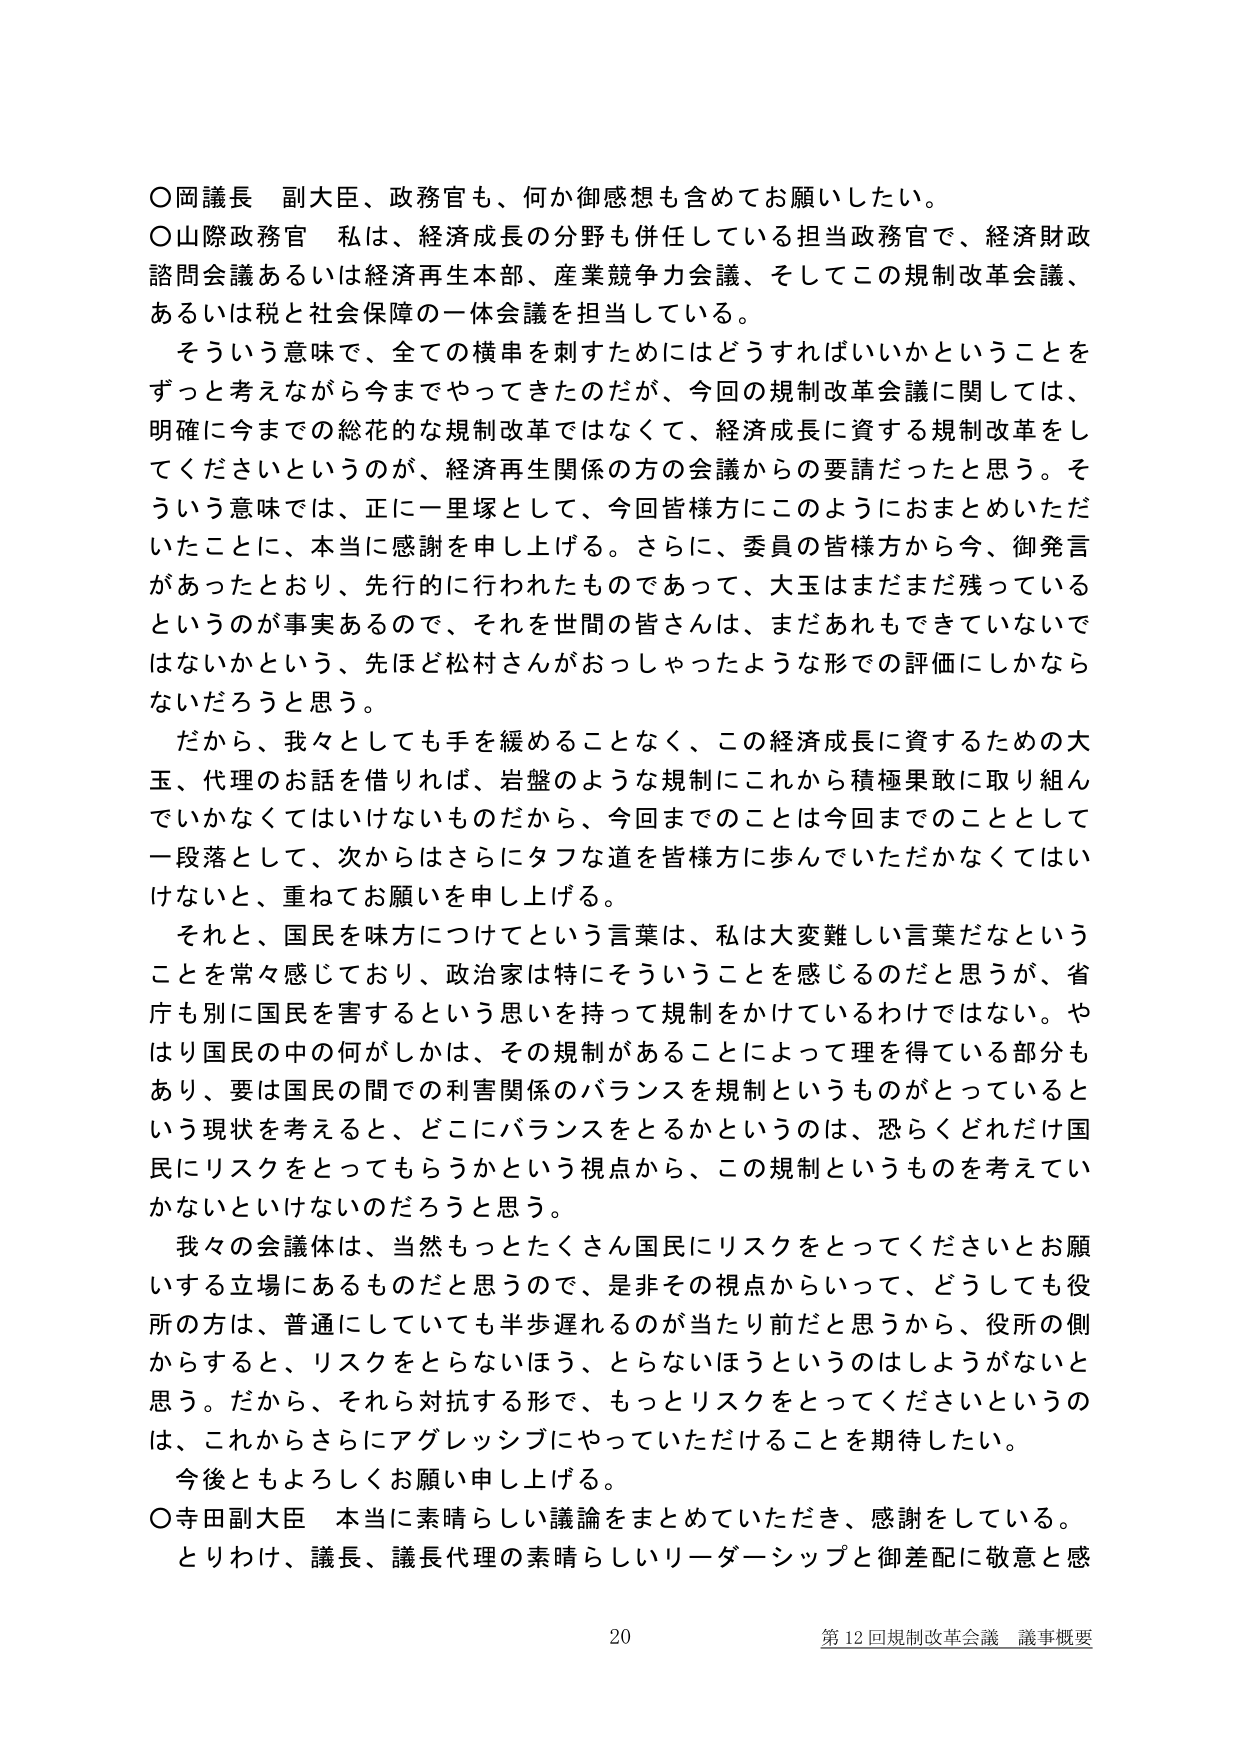
○岡議長　副大臣、政務官も、何か御感想も含めてお願いしたい。

○山際政務官　私は、経済成長の分野も併任している担当政務官で、経済財政諮問会議あるいは経済再生本部、産業競争力会議、そしてこの規制改革会議、あるいは税と社会保障の一体会議を担当している。

　そういう意味で、全ての横串を刺すためにはどうすればいいかということをずっと考えながら今までやってきたのだが、今回の規制改革会議に関しては、明確に今までの総花的な規制改革ではなくて、経済成長に資する規制改革をしてくださいというのが、経済再生関係の方の会議からの要請だったと思う。そういう意味では、正に一里塚として、今回皆様方にこのようにおまとめいただいたことに、本当に感謝を申し上げる。さらに、委員の皆様方から今、御発言があったとおり、先行的に行われたものであって、大玉はまだまだ残っているというのが事実あるので、それを世間の皆さんは、まだあれもできていないではないかという、先ほど松村さんがおっしゃったような形での評価にしかならないだろうと思う。

　だから、我々としても手を緩めることなく、この経済成長に資するための大玉、代理のお話を借りれば、岩盤のような規制にこれから積極果敢に取り組んでいかなくてはいけないものだから、今回までのことは今回までのこととして一段落として、次からはさらにタフな道を皆様方に歩んでいただかなくてはいけないと、重ねてお願いを申し上げる。

　それと、国民を味方につけてという言葉は、私は大変難しい言葉だなということを常々感じており、政治家は特にそういうことを感じるのだと思うが、省庁も別に国民を害するという思いを持って規制をかけているわけではない。やはり国民の中の何がしかは、その規制があることによって理を得ている部分もあり、要は国民の間での利害関係のバランスを規制というものがとっているという現状を考えると、どこにバランスをとるかというのは、恐らくどれだけ国民にリスクをとってもらうかという視点から、この規制というものを考えていないといけないのだろうと思う。

　我々の会議体は、当然もっとたくさん国民にリスクをとってくださいとお願いする立場にあるものだと思うので、是非その視点からいって、どうしても役所の方は、普通にしていても半歩遅れるのが当たり前だと思うから、役所の側からすると、リスクをとらないほう、とらないほうというのはしようがないと思う。だから、それら対抗する形で、もっとリスクをとってくださいというのは、これからさらにアグレッシブにやっていただけることを期待したい。

　今後ともよろしくお願い申し上げる。

○寺田副大臣　本当に素晴らしい議論をまとめていただき、感謝をしている。

　とりわけ、議長、議長代理の素晴らしいリーダーシップと御差配に敬意と感

20　第12回規制改革会議 議事概要